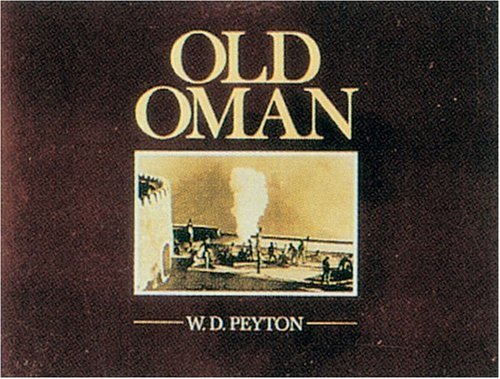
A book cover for Old Oman; W.D PEYTON; History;